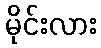
မိုင်းလား